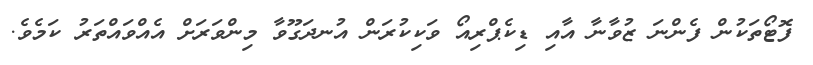
ފޮޓޯތަކުން ފެންނަ ޒުވާނާ އާއި ޑިކެޕްރިއޯ ވަކިކުރަން އުނދަގޫވާ މިންވަރަށް އެއްވައްތަރު ކަމެވެ.